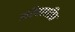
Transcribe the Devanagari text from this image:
तरिसापळ्ळि